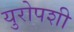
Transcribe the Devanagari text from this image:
युरोपशी